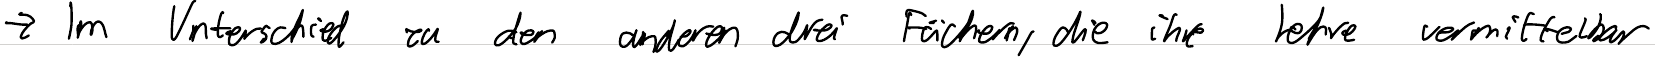
-> Im Unterschied zu den anderen drei Fächern, die ihre Lehre vermittelbar